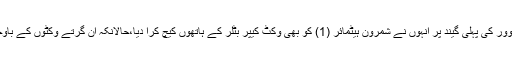
شریس یہیں نہیں رکے، 11 ویں اوور کی پہلی گیند پر انہوں نے شمرون ہیٹمائر (1) کو بھی وکٹ کیپر بٹلر کے ہاتھوں کیچ کرا دیا،حالانکہ ان گرتے وکٹوں کے باوجود پارتھیو پٹیل پچ پر ٹکے رہے۔